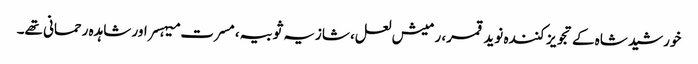
خورشید شاہ کے تجویز کنندہ نوید قمر، رمیش لعل، شازیہ ثوبیہ، مسرت میہسر اور شاہدہ رحمانی تھے۔